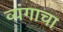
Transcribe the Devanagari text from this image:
व्यंगाचा